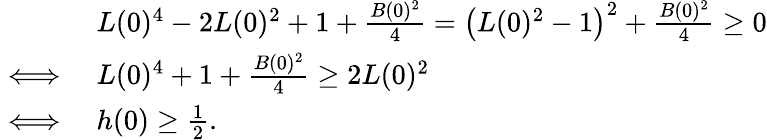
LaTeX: \begin{array}{rl}&{L(0)^{4}-2L(0)^{2}+1+\frac{B(0)^{2}}{4}=\left(L(0)^{2}-1\right)^{2}+\frac{B(0)^{2}}{4}\geq 0}\\ {\iff}&{L(0)^{4}+1+\frac{B(0)^{2}}{4}\geq 2L(0)^{2}}\\ {\iff}&{h(0)\geq\frac{1}{2}.}\end{array}